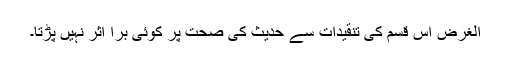
الغرض اس قسم کی تنقیدات سے حدیث کی صحت پر کوئی برا اثر نہیں پڑتا۔